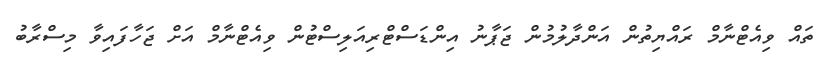
ތައް ވިއެޓްނާމް ރައްޔިތުން އަންދާލުމުން ޖަޕާނު އިންޑަސްޓްރިއަލިސްޓުން ވިއެޓްނާމް އަށް ޖަހާފައިވާ މިސްރާބު